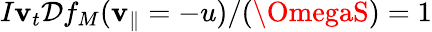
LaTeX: I\mathbf{v}_{t}\mathcal{{D}}f_{M}(\mathbf{v}_{\parallel}=-u)/(\OmegaS)=1